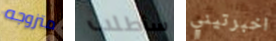
متزوجه سأطلب اخبرتيني